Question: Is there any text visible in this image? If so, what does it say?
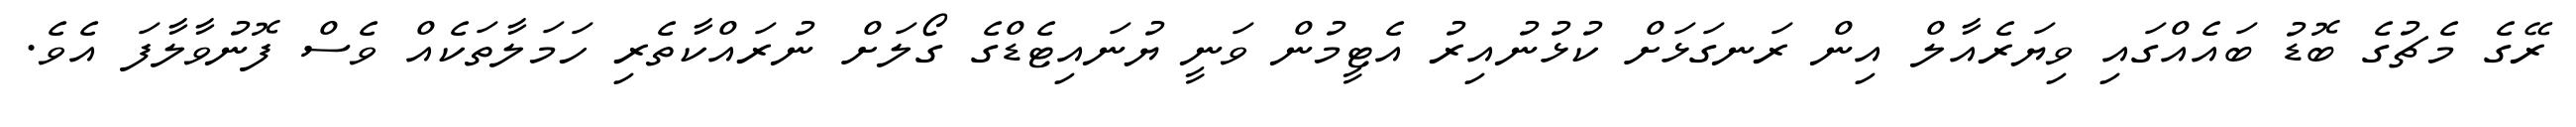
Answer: ރޭގެ މެޗުގެ ބޮޑު ބައެއްގައި ވިޔަރެއާލް އިން ރަނގަޅަށް ކުޅުނުއިރު އެޓީމުން ވަނީ ޔުނައިޓެޑްގެ ގޯލަށް ނުރައްކާތެރި ހަމަލާތަކެއް ވެސް ފޮނުވާލާފަ އެވެ.